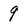
Character: 9